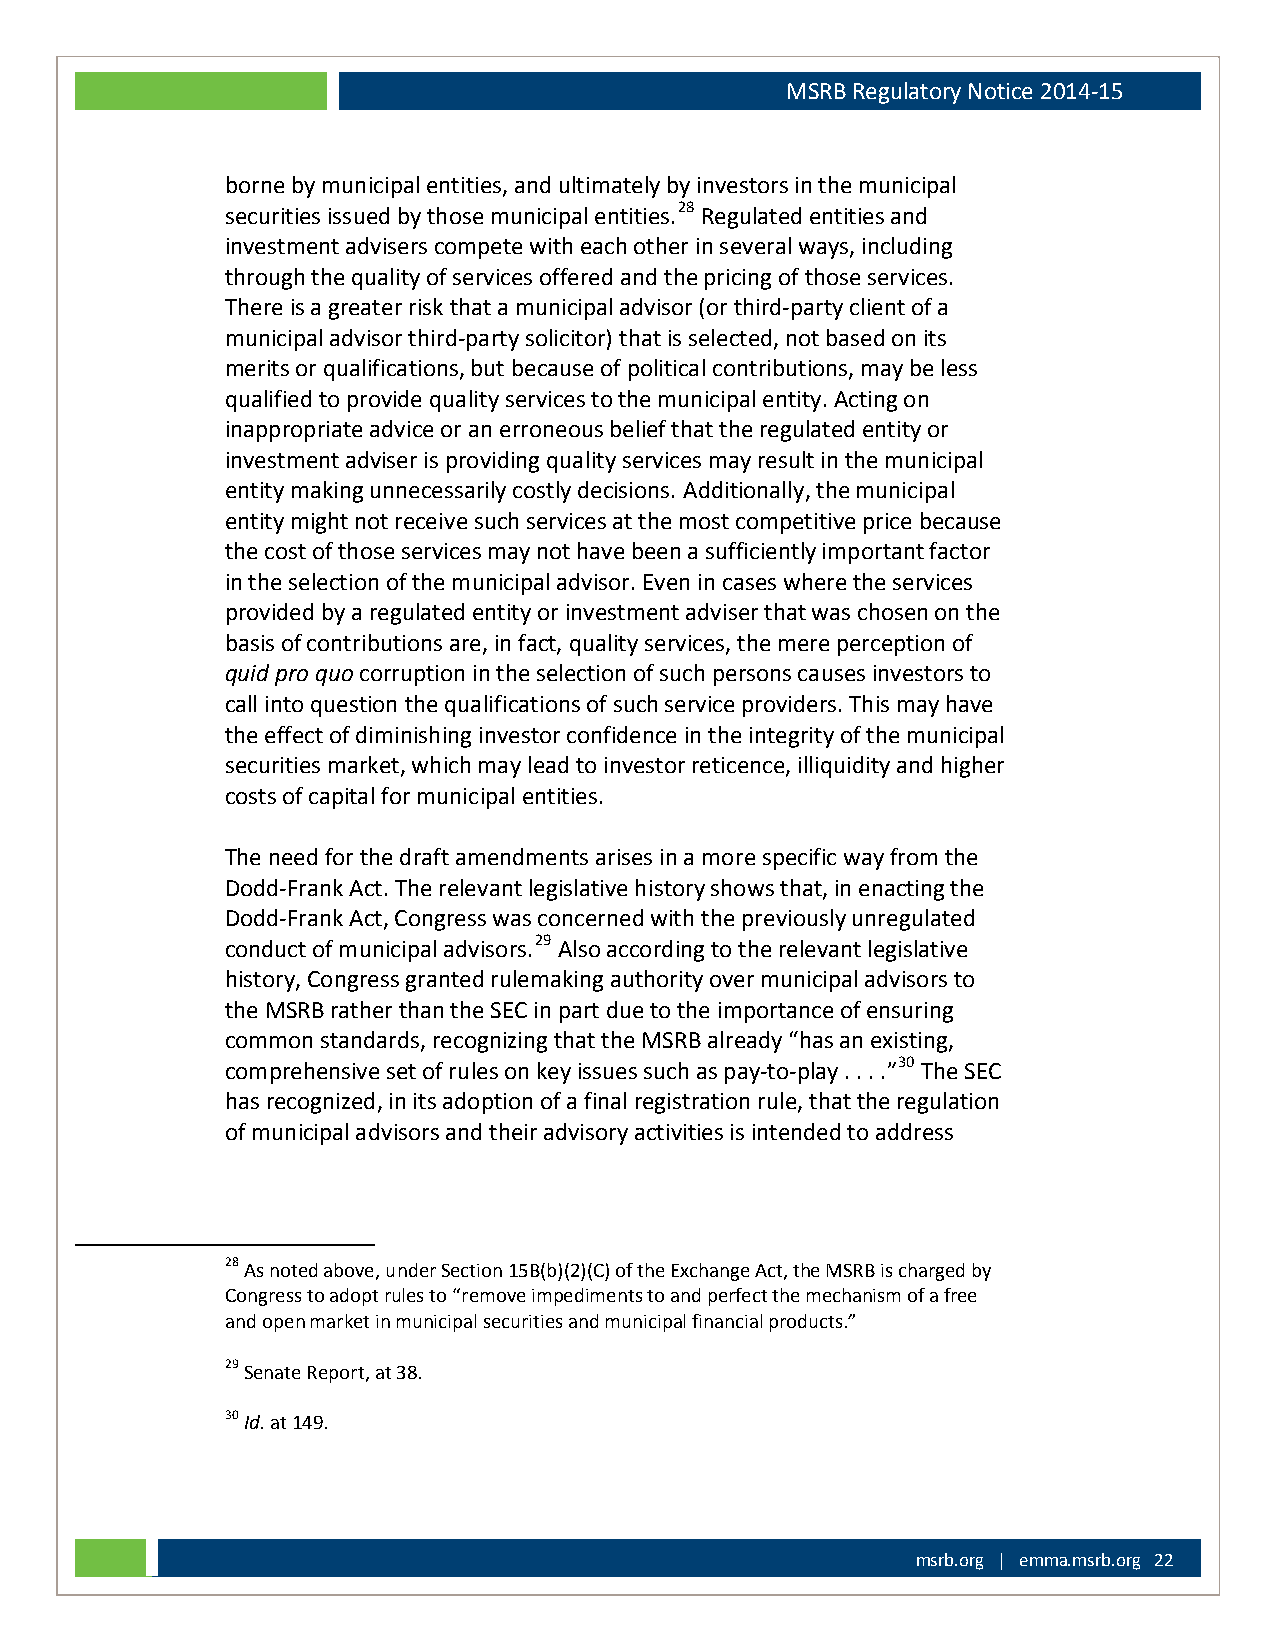
MSRB Regulatory Notice 2014-15
 borne by municipal entities, and ultimately by investors in the municipal
 securities issued by those municipal entities.28 Regulated entities and
 investment advisers compete with each other in several ways, including
 through the quality of services offered and the pricing of those services.
 There is a greater risk that a municipal advisor (or third-party client of a
 municipal advisor third-party solicitor) that is selected, not based on its
 merits or qualifications, but because of political contributions, may be less
 qualified to provide quality services to the municipal entity. Acting on
 inappropriate advice or an erroneous belief that the regulated entity or
 investment adviser is providing quality services may result in the municipal
 entity making unnecessarily costly decisions. Additionally, the municipal
 entity might not receive such services at the most competitive price because
 the cost of those services may not have been a sufficiently important factor
 in the selection of the municipal advisor. Even in cases where the services
 provided by a regulated entity or investment adviser that was chosen on the
 basis of contributions are, in fact, quality services, the mere perception of
 quid pro quo corruption in the selection of such persons causes investors to
 call into question the qualifications of such service providers. This may have
 the effect of diminishing investor confidence in the integrity of the municipal
 securities market, which may lead to investor reticence, illiquidity and higher
 costs of capital for municipal entities.
 The need for the draft amendments arises in a more specific way from the
 Dodd-Frank Act. The relevant legislative history shows that, in enacting the
 Dodd-Frank Act, Congress was concerned with the previously unregulated
 conduct of municipal advisors.29 Also according to the relevant legislative
 history, Congress granted rulemaking authority over municipal advisors to
 the MSRB rather than the SEC in part due to the importance of ensuring
 common standards, recognizing that the MSRB already “has an existing,
 comprehensive set of rules on key issues such as pay-to-play . . . .”30 The SEC
 has recognized, in its adoption of a final registration rule, that the regulation
 of municipal advisors and their advisory activities is intended to address
 28 As noted above, under Section 15B(b)(2)(C) of the Exchange Act, the MSRB is charged by
 Congress to adopt rules to “remove impediments to and perfect the mechanism of a free
 and open market in municipal securities and municipal financial products.”
 29 Senate Report, at 38.
 30 Id. at 149.
 msrb.org | emma.msrb.org 22